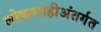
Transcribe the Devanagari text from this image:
लोकशाहीअंतर्गत